Scotch Education Department, 1916
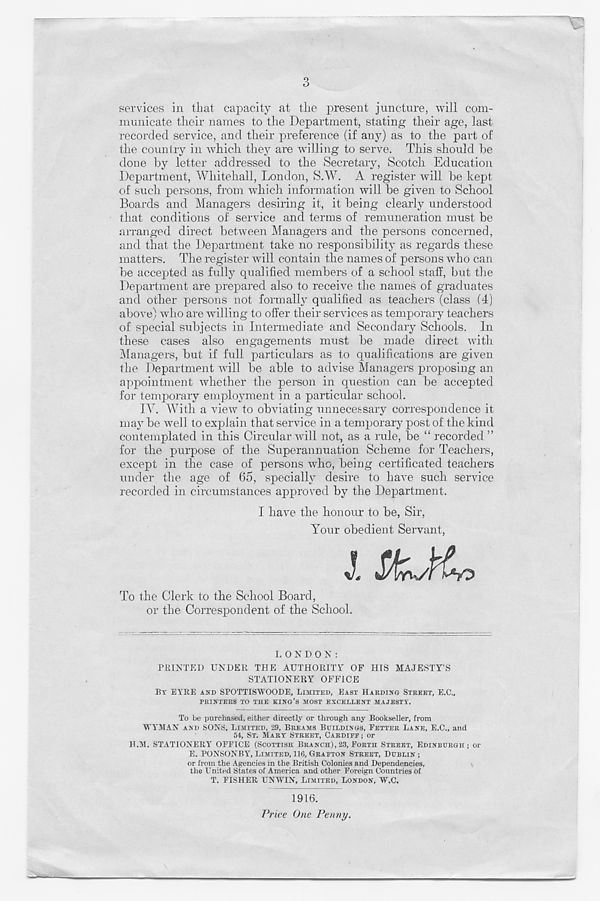
3
services in that capacity at the present juncture, will com-
municate their names to the Department, stating their age, last
recorded service, and their preference (if any) as to the part of
the country in which they are willing to serve. This should he
done by letter addressed to the Secretary, Scotch Education
Department, Whitehall, London, S.W. A register will be kept
of such persons, from which information will be given to School
Boards and Managers desiring it, it being clearly understood
that conditions of service and terms of remuneration must be
arranged direct between Managers and the persons concerned,
and that the Department take no responsibility as regards these
matters. The register will contain the names of persons who can
be accepted as fully qualified members of a school staff, but the
Department are prepared also to receive the names of graduates
and other persons not formally qualified as teachers (class (4)
above) who are willing to offer their services as temporary teachers
of special subjects in Intermediate and Secondary Schools. In
these cases also engagements must be made direct with
Managers, but if full particulars as to qualifications are given
the Department will be able to advise Managers proposing an
appointment whether the person in question can be accepted
for temporary employment in a particular school.
IV. With a view to obviating unnecessary correspondence it
may be well to explain that service in a temporary post of the kind
contemplated in this Circular will not, as a rule, be “ recorded ”
for the purpose of the Superannuation Scheme for Teachers,
except in the case of persons who, being certificated teachers
under the age of 65, specially desire to have such service
recorded in circumstances approved by the Department.
I have the honour to be, Sir,
Your obedient Servant,
To the Clerk to the School Board,
or the Correspondent of the School.
LONDON:
PRINTED UNDER THE AUTHORITY OF HIS MAJESTY’S
STATIONERY OFFICE
BY EYRE AND SPOTTISWOODE. LIMITED, EAST HARDING STREET, E.C.,
PRINTERS TO THE KING’S MOST EXCELLENT MAJESTY.
To be purchased, either directly or through any Bookseller, from
WYMAN AND SONS, LIMITED, 29, BREAMS BUILDINGS, BETTER LANE, E.C., and
54, ST. MARY STREET, CARDIFE ; or
H.M. STATIONERY OPPICE (SCOTTISH BRANCH), 23, FORTH STREET, EDINBURGH; or
E. PONSONBY', LIMITED, 116, GRAFTON STREET, DUBLIN;
or from the Agencies in the British Colonies and Dependencies,
the United States of America and other Foreign Countries of
T. FISHER UNWIN, LIMITED, LONDON, W.C.
1916.
Price One Penny.